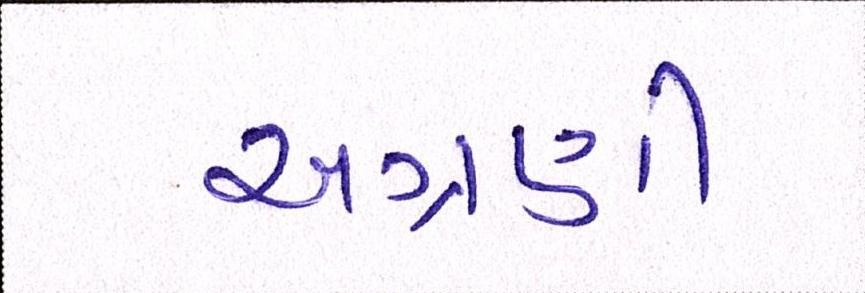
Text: અગ્રણી